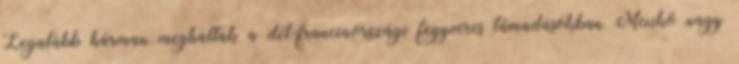
Legalább hárman meghaltak a dél-franciaországi fegyveres támadásokban Mexikó nagy